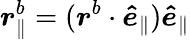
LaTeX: \boldsymbol{r}_{\parallel}^{b}=(\boldsymbol{r}^{b}\cdot\boldsymbol{\hat{e}}_{\parallel})\boldsymbol{\hat{e}}_{\parallel}